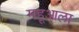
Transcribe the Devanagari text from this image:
महूआला